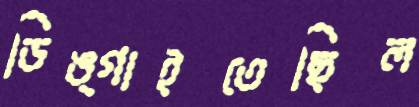
ডিঙ্গাইতেছিল